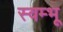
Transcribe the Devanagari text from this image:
स्वम्भू